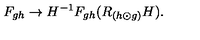
F _ { g h } \rightarrow H ^ { - 1 } F _ { g h } ( R _ { ( h \odot g ) } H ) .